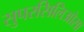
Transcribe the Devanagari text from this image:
सुपरसिलिओसा